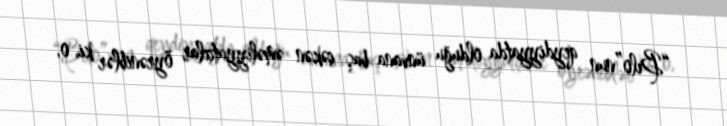
“Bılo”nun qeydiyyatda olduğu ünvana baş çəkən əməliyyatçılar öyrəniblər ki, o,